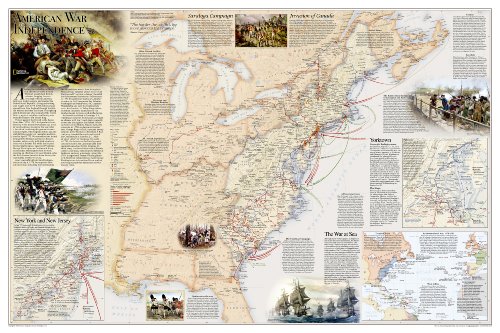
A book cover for Battles of the Revolutionary War and War of 1812: 2 sided [Laminated] (National Geographic Reference Map); National Geographic Maps - Reference; History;